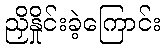
ညှိနှိုင်းခဲ့ကြောင်း